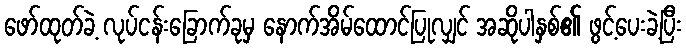
ဖော်ထုတ်ခဲ့ လုပ်ငန်းခြောက်ခုမှ နောက်အိမ်ထောင်ပြုလျှင် အဆိုပါနှစ်၏ ဖွင့်ပေးခဲ့ပြီး